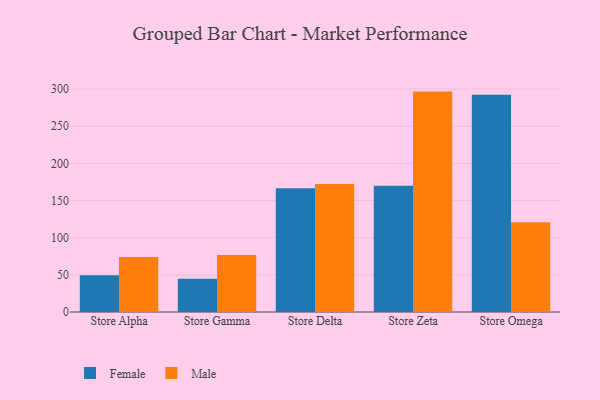
{"axis": {"x": "Store", "y": "Revenue (USD Million)"}, "legend": ["Female", "Male"], "data": [{"x": "Store Alpha", "y": 49.6, "type": "Female"}, {"x": "Store Alpha", "y": 74.0, "type": "Male"}, {"x": "Store Gamma", "y": 44.6, "type": "Female"}, {"x": "Store Gamma", "y": 76.7, "type": "Male"}, {"x": "Store Delta", "y": 166.4, "type": "Female"}, {"x": "Store Delta", "y": 172.3, "type": "Male"}, {"x": "Store Zeta", "y": 169.8, "type": "Female"}, {"x": "Store Zeta", "y": 296.6, "type": "Male"}, {"x": "Store Omega", "y": 292.3, "type": "Female"}, {"x": "Store Omega", "y": 120.7, "type": "Male"}]}